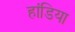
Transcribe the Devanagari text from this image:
हांडिया